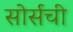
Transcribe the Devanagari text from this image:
सोर्सची